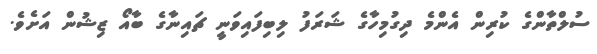
ސުލްތާންގެ ކުރިން އެންމެ ދިގުމިހާގެ ޝަރަފު ލިބިފައިވަނީ ޗައިނާގެ ބާއޯ ޒިޝުން އަށެވެ.